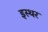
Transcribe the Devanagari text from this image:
इस्थर